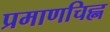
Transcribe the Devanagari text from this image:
प्रमाणचिह्न